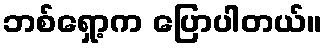
ဘစ်ရှော့က ပြောပါတယ်။